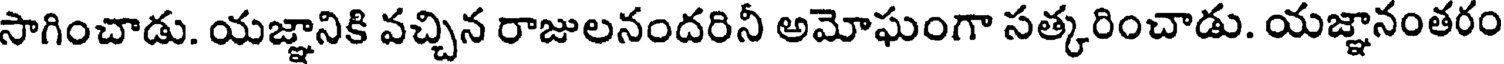
సాగించాడు. యజ్ఞానికి వచ్చిన రాజులనందరినీ అమోఘంగా సత్కరించాడు. యజ్ఞానంతరం